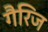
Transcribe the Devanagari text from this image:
गैरिज